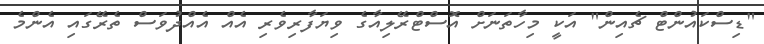
"ޑިސްކައުންޓް ޗެއިން" އަކީ މިހާތަނަށް އޮސްޓްރޭލިއާގެ ވިޔަފާރިވެރި އެއް އެއްދުވަސް ތެރޭގައި އެންމެ